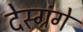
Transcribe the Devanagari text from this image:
देस्ग्रंगे